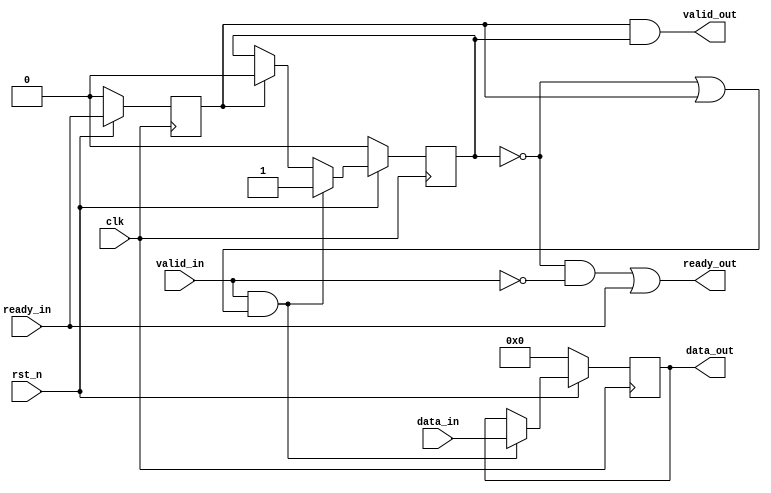
module STREAM_REG (
    ready_out,
    valid_out,
    data_out,
    ready_in,
    valid_in,
    data_in,
    clk,
    rst_n
);

  // Input Port(s)
  input clk, rst_n;
  input ready_in, valid_in;
  input [DATA_WIDTH-1:0] data_in;

  // Output Port(s)
  output ready_out, valid_out;
  output reg [DATA_WIDTH-1:0] data_out;

  // Parameter Declaration(s)
  parameter DATA_WIDTH = 26;

  reg data_valid, ready_in_d;

  always @(posedge clk) begin
    if (~rst_n) begin
      data_out   <= 1'b0;
      data_valid <= 1'b0;
      ready_in_d <= 1'b0;
    end else begin
      ready_in_d <= ready_in;
      // If the stream register is 
      //	a. recieving valid input AND (
      // 	b. is not currently holding any valid data that must be passed on OR
      // 	c.the sreaming register after this is ready to recieve)
      // then accept new data. If the next streaming register is ready to recieve,
      // then we can clock out the current contents of this register to it
      // and simultaneously (on the same posedge) clock in the input data.
      if (valid_in & (~data_valid | ready_in_d)) begin
        data_out   <= data_in;
        data_valid <= 1;
      end else if (ready_in_d) begin
        data_valid <= 0;
      end
    end
  end

  // 
  assign ready_out = (~data_valid & ~valid_in) | ready_in; // indicates if the streaming reg is ready to recieve any data. 
  assign valid_out = ready_in_d & data_valid;


endmodule